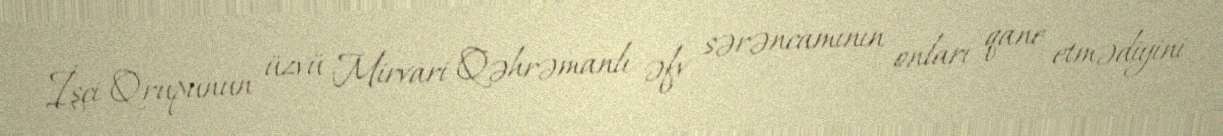
İşçi Qrupunun üzvü Mirvari Qəhrəmanlı əfv sərəncamının onları qane etmədiyini